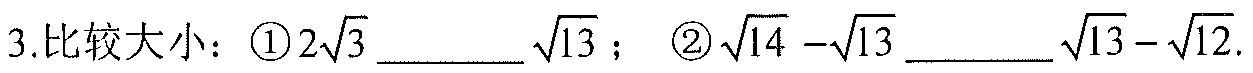
3.比较大小：\textcircled{1}\(2\sqrt{3}\underline{\quad\quad}\sqrt{13}\)； \textcircled{2}\(\sqrt{14}-\sqrt{13}\underline{\quad\quad}\sqrt{13}-\sqrt{12}\).